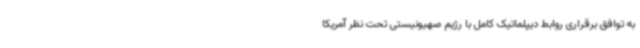
به توافق برقراری روابط دیپلماتیک کامل با رژیم صهیونیستی تحت نظر آمریکا